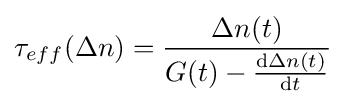
\tau _{eff}(\Delta n)={\frac {\Delta n(t)}{G(t)-{\frac {\mathrm {d} \Delta n(t)}{\mathrm {d} t}}}}